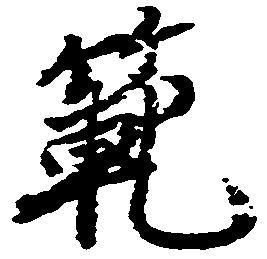
範